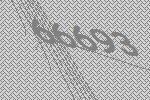
66693